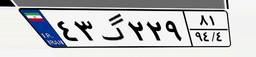
۴۸گ۷۳۳۸۳